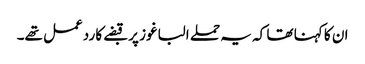
ان کا کہنا تھا کہ یہ حملے الباغوز پر قبضے کا ردعمل تھے۔